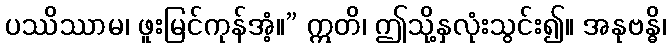
ပဿိဿာမ၊ ဖူးမြင်ကုန်အံ့။” ဣတိ၊ ဤသို့နှလုံးသွင်း၍။ အနုဗန္ဓိ၊